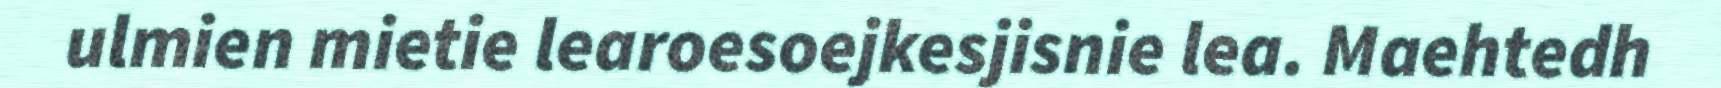
ulmien mietie learoesoejkesjisnie lea. Maehtedh